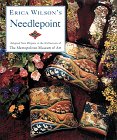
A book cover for Erica Wilson's Needlepoint: Adapted from Objects in the Collections at the Metropolitan Museum of Art; Erica Wilson; Crafts, Hobbies & Home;